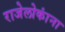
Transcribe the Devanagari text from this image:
राजेलोकांना